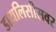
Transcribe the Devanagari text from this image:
डायलिसीसवर